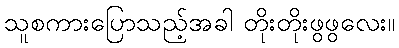
သူစကားပြောသည့်အခါ တိုးတိုးဖွဖွလေး။